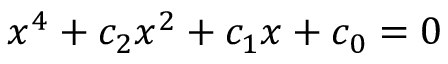
x ^ { 4 } + c _ { 2 } x ^ { 2 } + c _ { 1 } x + c _ { 0 } = 0